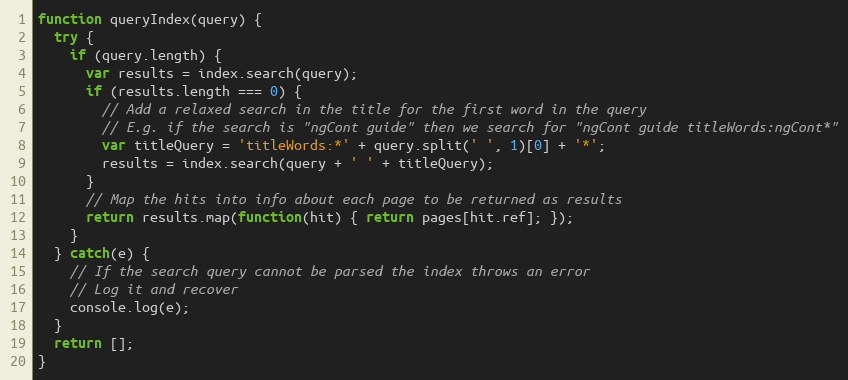
Language: JavaScript
function queryIndex(query) {
  try {
    if (query.length) {
      var results = index.search(query);
      if (results.length === 0) {
        // Add a relaxed search in the title for the first word in the query
        // E.g. if the search is "ngCont guide" then we search for "ngCont guide titleWords:ngCont*"
        var titleQuery = 'titleWords:*' + query.split(' ', 1)[0] + '*';
        results = index.search(query + ' ' + titleQuery);
      }
      // Map the hits into info about each page to be returned as results
      return results.map(function(hit) { return pages[hit.ref]; });
    }
  } catch(e) {
    // If the search query cannot be parsed the index throws an error
    // Log it and recover
    console.log(e);
  }
  return [];
}